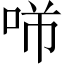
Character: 𱒡